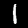
Label: 1